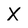
Character: X